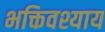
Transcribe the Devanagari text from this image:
भक्तिवश्याय